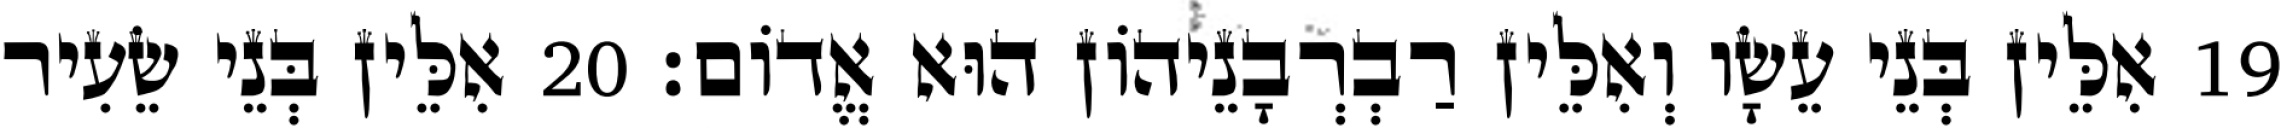
19 אִלֵּין בְּנֵי עֵשָׂו וְאִלֵּין רַבְרְבָנֵיהוֹן הוּא אֱדוֹם׃ 20 אִלֵּין בְּנֵי שֵׂעִיר